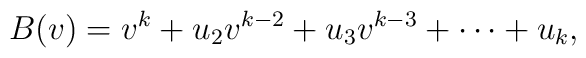
B(v) =v^k +u_2 v^{k-2} + u_3 v^{k-3} + \cdots + u_k,